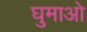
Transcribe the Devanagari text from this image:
घुमाओ